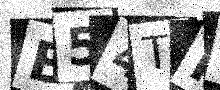
Text: B54TMU